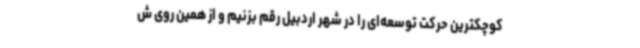
کوچکترین حرکت توسعه‌ای را در شهر اردبیل رقم بزنیم و از همین روی ش